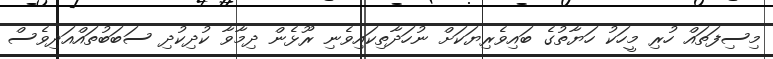
މިސިފަތައް ހުރި މީހަކު ހަޔާތުގެ ބައިވެރިޔަކަށް ނުހަދާތިކައިވެނި ރޫޅެން ދިމާވާ ކުދިކުދި ސަބަބުތައްއަދިވެސް